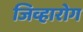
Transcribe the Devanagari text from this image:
जिव्हारोग